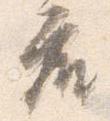
座